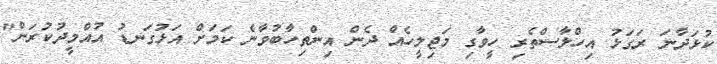
ކުޅަދާނަ ރަގަޅު އިހްލާސްތެރި ހީވާގި މަޖިލީހެއް ދެން އިންތިހާބުވާނެ ކަމަށް އަޅުގަނޑު އުއްމީދުކުރަން"